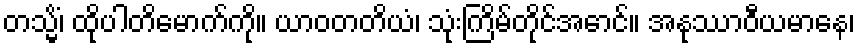
တသ္မိံ၊ ထိုပါတိမောက်ကို။ ယာဝတတိယံ၊ သုံးကြိမ်တိုင်အောင်။ အနုဿာဝီယမာနေ၊